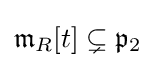
{\mathfrak {m}}_{R}[t]\subsetneq {\mathfrak {p}}_{2}